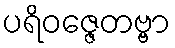
ပရိဝဇ္ဇေတဗ္ဗာ